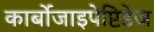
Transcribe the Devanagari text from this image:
कार्बोजाइपेप्टिडेज